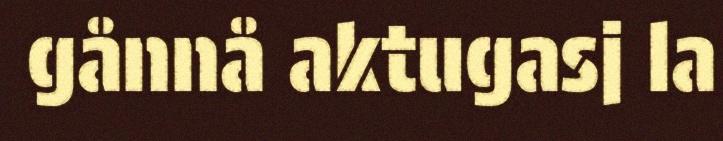
gånnå aktugasj la